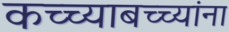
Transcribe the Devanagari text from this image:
कच्च्याबच्च्यांना